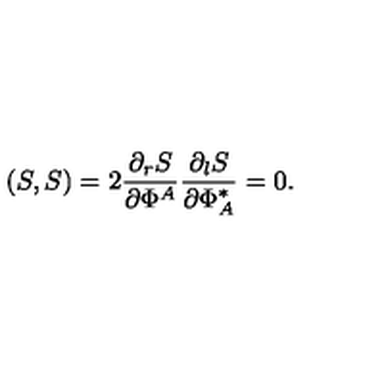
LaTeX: ( S , S ) = 2 \frac { \partial _ { r } S } { \partial \Phi ^ { A } } \frac { \partial _ { l } S } { \partial \Phi _ { A } ^ { \ast } } = 0 .